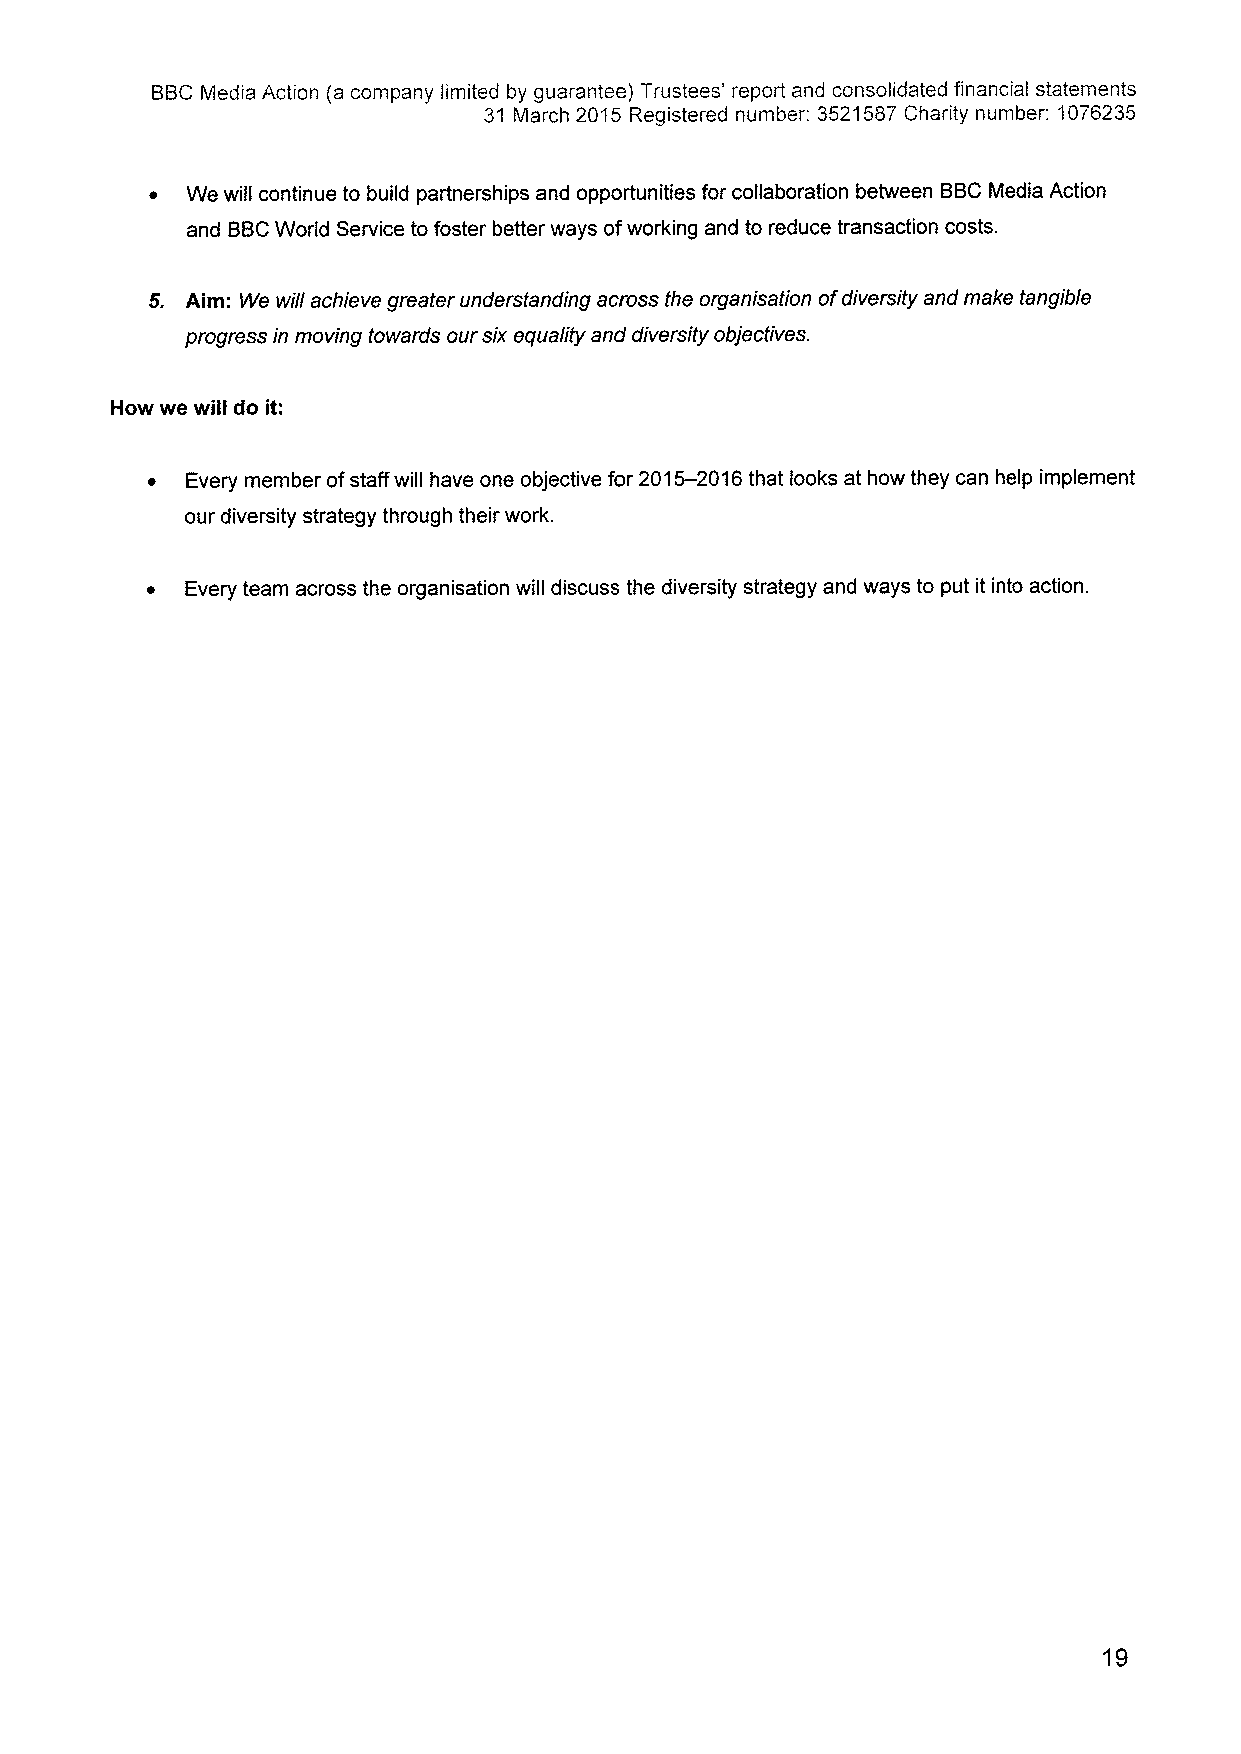
BBCMedia Action (a company limited by guarantee} Trustees' report and consolidated financial statements
 31 March 2015 Registered number: 3521587Charity number: 1076235
 ~ We will continue to build partnerships and opportunities for collaboration between BBCMedia Action
 and BBCWorld Service to foster better ways ofworking and to reduce transaction costs.
 5. Aim: We will achieve greater understanding across the organisation ofdiversity and make tangible
 progress in moving towards our six equality and diversity objectives.
 How we will do it:
 ~ Every member ofstaff will have one objective for 2015-2016that looks at how they can help implement
 our diversity strategy through their work.
 ~ Every team across the organisation will discuss the diversity strategy and ways to put it into action.
 19